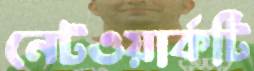
নেটওয়ার্কটি